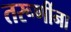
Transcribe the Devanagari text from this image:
तरूणींना